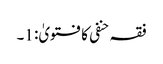
فقہ حنفی کا فتویٰ: 1۔